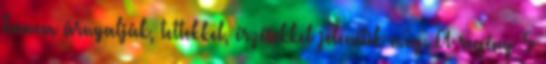
hanem árnyalják, tettekkel, érzésekkel jelenítik meg. A regény 5